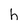
Character: h